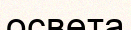
освета